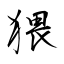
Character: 猥